Rangoon Lunatic Asylum 1878-1892 - 1878-1892
Year: 1878
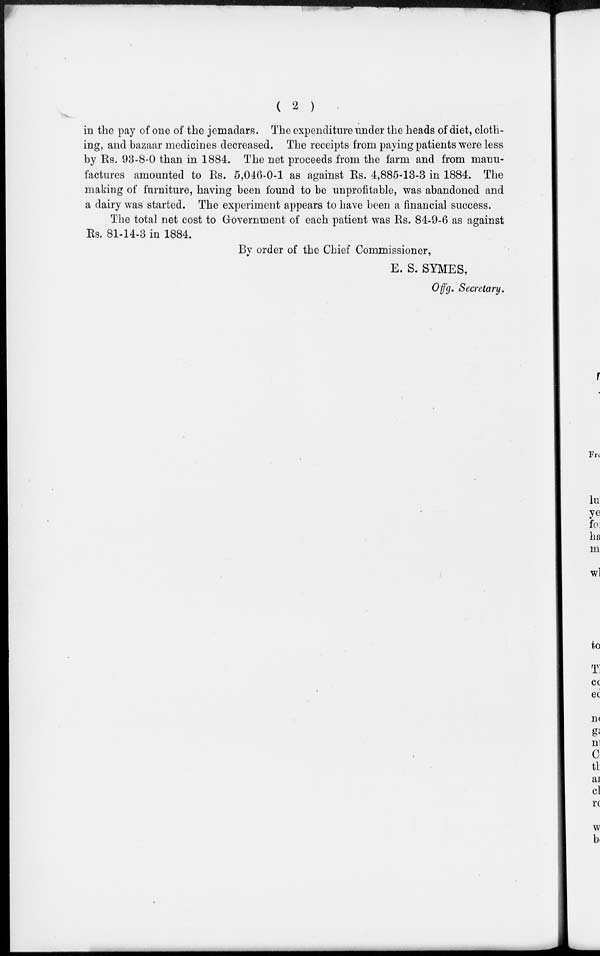
( 2 )
in the pay of one of the jemadars. The expenditure under the heads of diet, cloth-
ing, and bazaar medicines decreased. The receipts from paying patients were less
by Rs. 93-8-0 than in 1884. The net proceeds from the farm and from manu-
factures amounted to Rs. 5,046-0-1 as against Rs. 4,885-13-3 in 1884. The
making of furniture, having been found to be unprofitable, was abandoned and
a dairy was started. The experiment appears to have been a financial success.
The total net cost to Government of each patient was Rs. 84-9-6 as against
Rs. 81-14-3 in 1884.
By order of the Chief Commissioner,
E. S. SYMES,
Offg. Secretary.